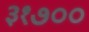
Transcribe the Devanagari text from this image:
३१७००